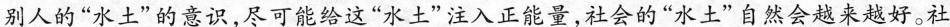
别人的“水土”的意识，尽可能给这“水土”注入正能量，社会的“水土”自然会越来越好。社